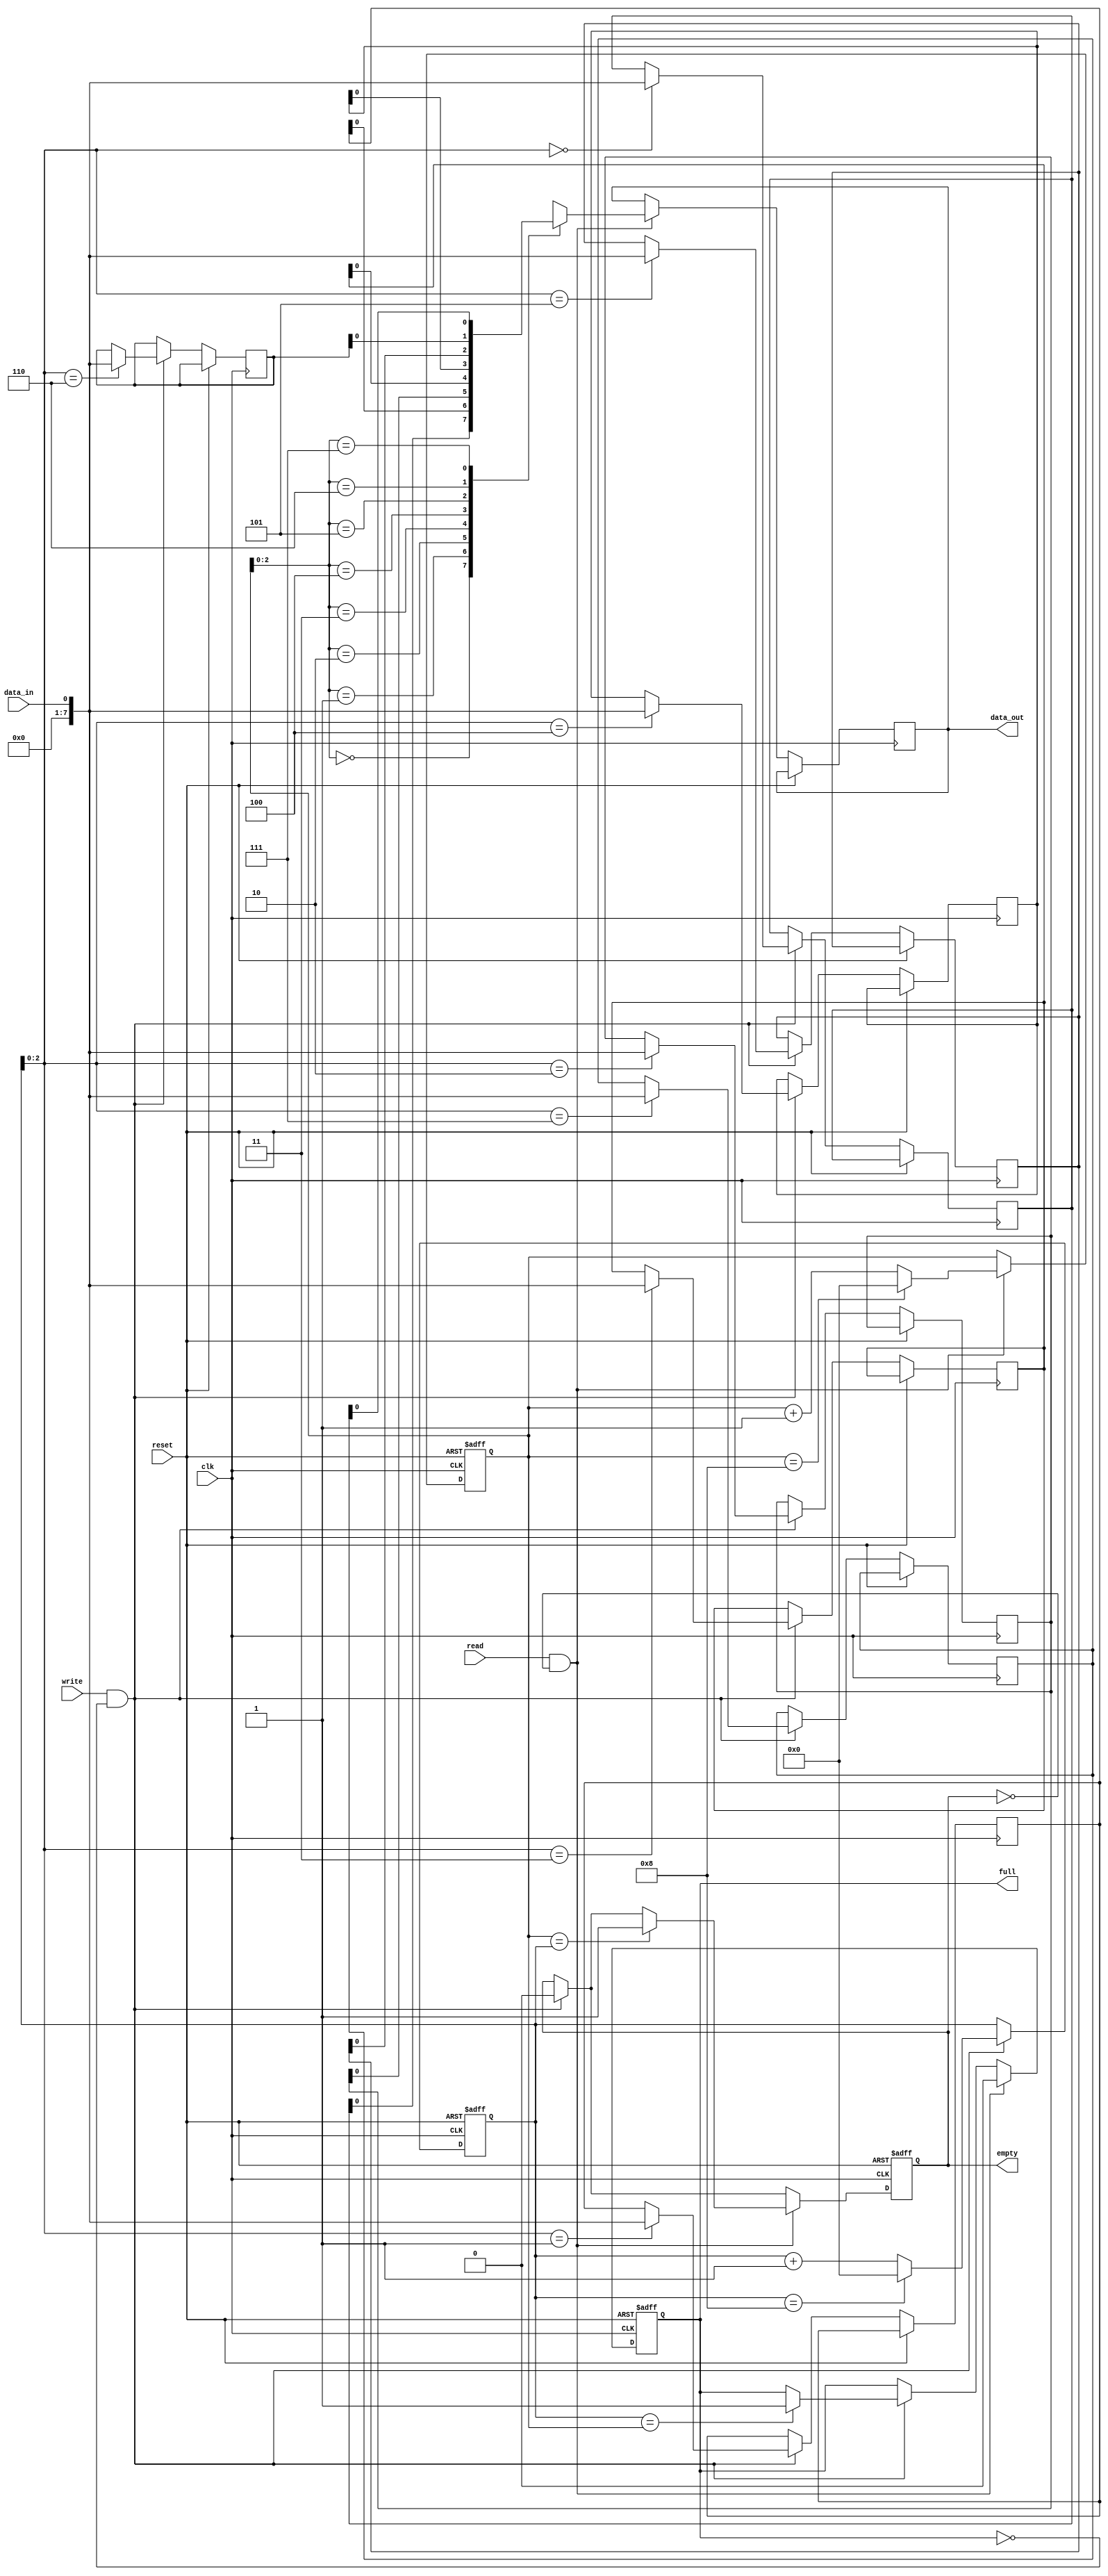
module fifo_buffer
(
  input clk,
  input reset,
  input write,
  input read,
  input data_in,
  output reg data_out,
  output reg full,
  output reg empty
);

parameter BUFFER_SIZE = 8;
reg [7:0] buffer [0:BUFFER_SIZE-1];
reg [3:0] read_ptr;
reg [3:0] write_ptr;

always @(posedge clk or posedge reset)
begin
  if (reset)
  begin
    read_ptr <= 0;
    write_ptr <= 0;
    full <= 0;
    empty <= 1;
  end
  else
  begin
    if (write && !full)
    begin
      buffer[write_ptr] <= data_in;
      write_ptr <= write_ptr + 1;
      if (write_ptr == BUFFER_SIZE)
        write_ptr <= 0;
      empty <= 0;
      if (write_ptr == read_ptr)
        full <= 1;
    end

    if (read && !empty)
    begin
      data_out <= buffer[read_ptr];
      read_ptr <= read_ptr + 1;
      if (read_ptr == BUFFER_SIZE)
        read_ptr <= 0;
      full <= 0;
      if (read_ptr == write_ptr)
        empty <= 1;
    end
  end
end

endmodule